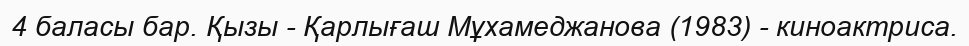
4 баласы бар. Қызы - Қарлығаш Мұхамеджанова (1983) - киноактриса.